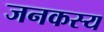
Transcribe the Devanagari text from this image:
जनकस्य